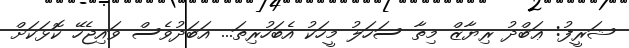
ޝަރީފު: ޢަބްދު ރިޔާޒް މިތާ ސަހަލު މީހަކު އެބަހުރިތަ... އަބަދުވެސް ވައިޖެހޭ ކޮޅަކަށް